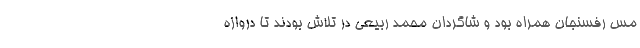
مس رفسنجان همراه بود و شاگردان محمد ربیعی در تلاش بودند تا دروازه